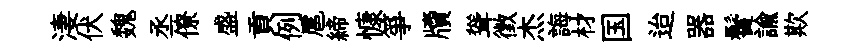
淒伏魏丞僚盛貢例扈締慷箏牘聳徵杰誨材国迨器鬢諭欺